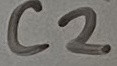
Text: C2